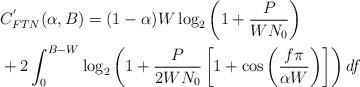
LaTeX: \begin{align*}&C^{'}_{FTN}(\alpha,B) = (1-\alpha)W \log_{2} \left( 1 + \frac{P}{WN_{0}}\right) \\ &+2 \int_{0}^{B-W}\log_{2} \left( 1 + \frac{P}{2WN_{0}}\left[1 + \cos\left(\frac{f\pi}{\alpha W}\right)\right]\right) df\end{align*}